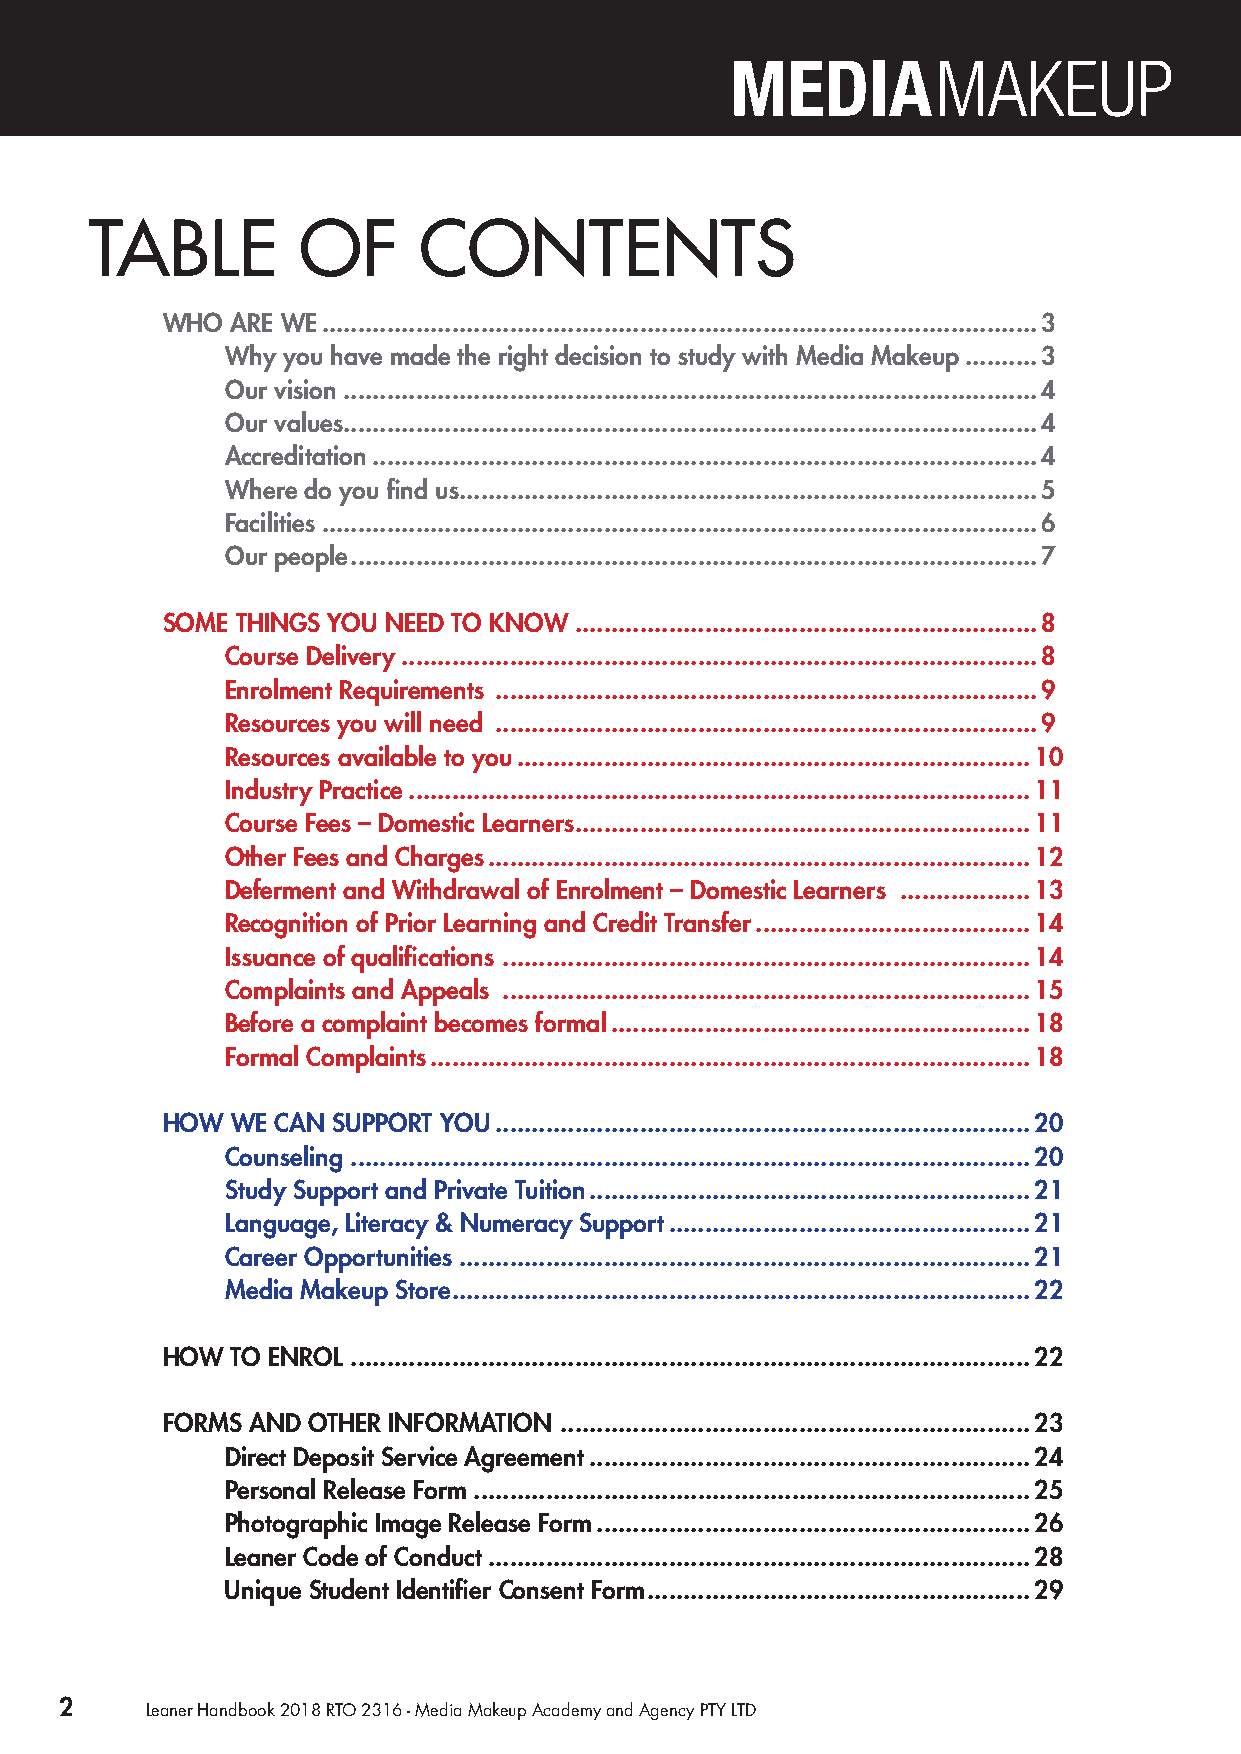
TABLE         OF      CONTENTS
 WHO ARE WE ...................................................................................................3
 Why you have made the right decision to study with Media Makeup ..........3
 Our vision ................................................................................................4
 Our values ................................................................................................4
 Accreditation ............................................................................................4
 Where do you find us ................................................................................5
 Facilities ...................................................................................................6
 Our people ...............................................................................................7
 SOME THINGS YOU NEED TO KNOW ................................................................8
 Course Delivery ........................................................................................8
 Enrolment Requirements ...........................................................................9
 Resources you will need ...........................................................................9
 Resources available to you .......................................................................10
 Industry Practice ......................................................................................11
 Course Fees – Domestic Learners ...............................................................11
 Other Fees and Charges ...........................................................................12
 Deferment and Withdrawal of Enrolment – Domestic Learners ..................13
 Recognition of Prior Learning and Credit Transfer ......................................14
 Issuance of qualifications .........................................................................14
 Complaints and Appeals .........................................................................15
 Before a complaint becomes formal ..........................................................18
 Formal Complaints ...................................................................................18
 HOW WE CAN SUPPORT YOU ..........................................................................20
 Counseling ..............................................................................................20
 Study Support and Private Tuition .............................................................21
 Language, Literacy & Numeracy Support ..................................................21
 Career Opportunities ...............................................................................21
 Media Makeup Store ................................................................................22
 HOW TO ENROL ..............................................................................................22
 FORMS AND OTHER INFORMATION .................................................................23
 Direct Deposit Service Agreement .............................................................24
 Personal Release Form .............................................................................25
 Photographic Image Release Form ............................................................26
 Leaner Code of Conduct ...........................................................................28
 Unique Student Identifier Consent Form .....................................................29
 2     Leaner Handbook 2018 RTO 2316 - Media Makeup Academy and Agency PTY LTD